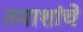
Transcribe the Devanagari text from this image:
तमाशांचे